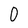
Character: O